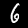
Label: 6